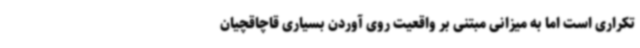
تکراری است اما به میزانی مبتنی بر واقعیت روی آوردن بسیاری قاچاقچیان